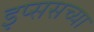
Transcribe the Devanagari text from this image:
इप्ससच्या